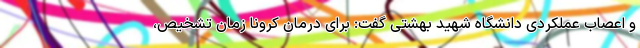
و اعصاب عملکردی دانشگاه شهید بهشتی گفت: برای درمان کرونا زمان تشخیص،